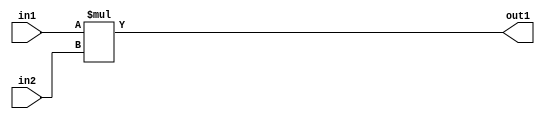
`timescale 1ps / 1ps
/*****************************************************************************
    Verilog RTL Description
    
    
    Created by: Stratus DpOpt 2019.1.01 
*******************************************************************************/

module SobelFilter_Mul_8Ux8U_16U_4 (
	in2,
	in1,
	out1
	); /* architecture "behavioural" */ 
input [7:0] in2,
	in1;
output [15:0] out1;
wire [15:0] asc001;

assign asc001 = 
	+(in1 * in2);

assign out1 = asc001;
endmodule

/* CADENCE  urj5TQ0= : u9/ySgnWtBlWxVPRXgAZ4Og= ** DO NOT EDIT THIS LINE ******/